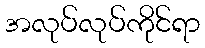
အလုပ်လုပ်ကိုင်ရာ